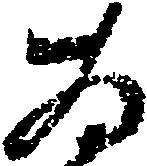
為